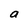
Character: a